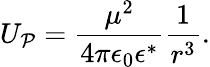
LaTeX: U_{\mathcal{P}}=\frac{{\mu^{2}}}{{4\pi\epsilon_{0}\epsilon^{*}}}\frac{{1}}{{r^{3}}}.